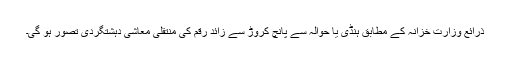
ذرائع وزارت خزانہ کے مطابق ہنڈی یا حوالہ سے پانچ کروڑ سے زائد رقم کی منتقلی معاشی دہشتگردی تصور ہو گی۔